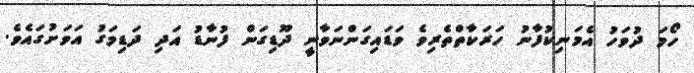
ހޯމަ ދުވަހު އެމަނިކުފާނު ހަރަކާތްތެރިވެ ވަޑައިގަންނަވާނީ ދޫޑިގަން ފުނާޑު އަދި ދަޑިމަގު އަވަށުގައެވެ.